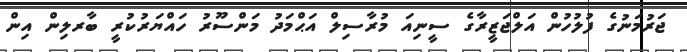
ޖަރުމަނުގެ ފުލުހުން އަލްޖަޒީރާގެ ސީނިއަ މުރާސިލް އަޙްމަދު މަންސޫރު ހައްޔަރުކުރީ ބާރލިން އިން